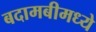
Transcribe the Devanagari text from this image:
बदामबीमध्ये